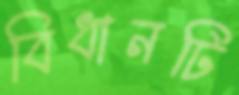
বিধানটি